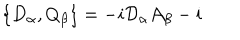
LaTeX: \{ D _ { \alpha } , Q _ { \beta } \} = - i \mathcal { D } _ { \alpha } \mathcal { A } _ { \beta } - i